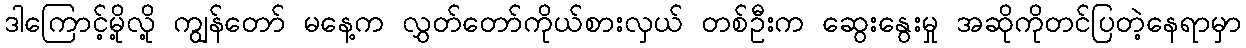
ဒါကြောင့်မို့လို့ ကျွန်တော် မနေ့က လွှတ်တော်ကိုယ်စားလှယ် တစ်ဦးက ဆွေးနွေးမှု အဆိုကိုတင်ပြတဲ့နေရာမှာ